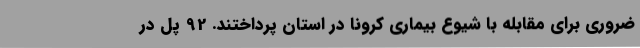
ضروری برای مقابله با شیوع بیماری کرونا در استان پرداختند. 92 پل در